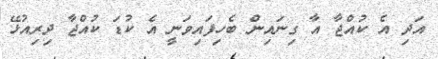
އަދި އެ ކުއްޖާ އާ ގިނައިން ބެހިފައިވަނީ އެ ކުޑަ ކުއްޖާ ދިރިއުޅޭ